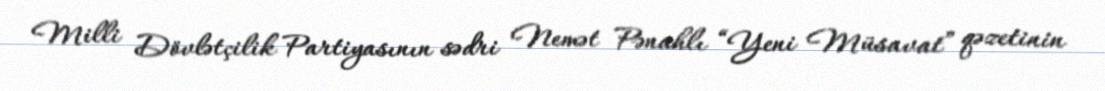
Milli Dövlətçilik Partiyasının sədri Nemət Pənahlı “Yeni Müsavat” qəzetinin